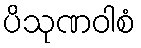
ပိသုဏဝါစံ